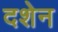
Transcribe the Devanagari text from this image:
दशेन